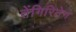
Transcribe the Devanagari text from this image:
तेंगिरितेग